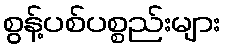
စွန့်ပစ်ပစ္စည်းများ